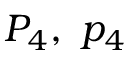
P _ { 4 } , \ p _ { 4 }